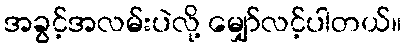
အခွင့်အလမ်းပဲလို့ မျှော်လင့်ပါတယ်။